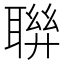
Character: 聨